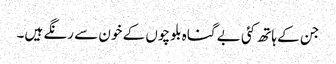
جن کے ہاتھ کئی بے گناہ بلوچوں کے خون سے رنگے ہیں۔